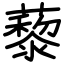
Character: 藜